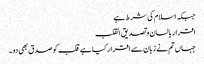
جبکہ اسلام کی شرط ہے
اقرار بالسان و تصدیق القلب
جہاں تم نے زبان سے اقرار کیا ہے قلب کو صدق بھی دو۔